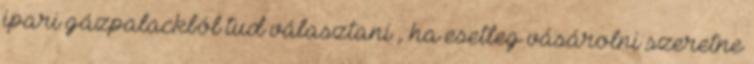
ipari gázpalackból tud választani , ha esetleg vásárolni szeretne